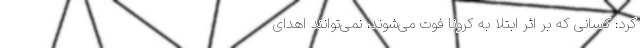
کرد: کسانی که بر اثر ابتلا به کرونا فوت می‌شوند، نمی‌توانند اهدای